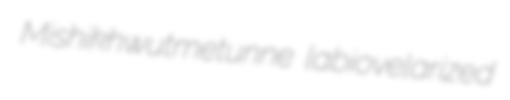
Mishikhwutmetunne labiovelarized